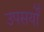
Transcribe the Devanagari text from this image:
उपसर्यों